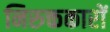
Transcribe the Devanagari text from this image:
निरुक्तकारों